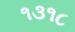
૧૩૧૮